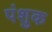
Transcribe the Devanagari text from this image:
पंशुक